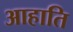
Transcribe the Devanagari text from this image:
आहाति